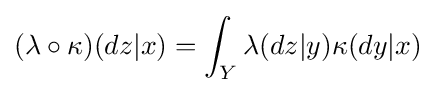
(\lambda \circ \kappa )(dz|x)=\int _{Y}\lambda (dz|y)\kappa (dy|x)